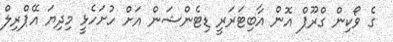
ގެ ވޯކިން ގްރޫޕް އޮން އާބިޓަރަރީ ޑިޓެންޝަން އަށް ހުށަހެޅީ މިދިޔަ އޭޕްރިލް